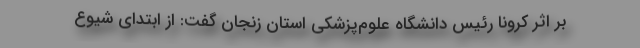
بر اثر کرونا رئیس دانشگاه علوم‌پزشکی استان زنجان گفت: از ابتدای شیوع